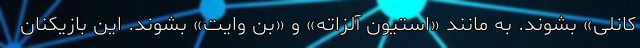
کانلی» بشوند. به مانند «استیون آلزاته» و «بن وایت» بشوند. این بازیکنان